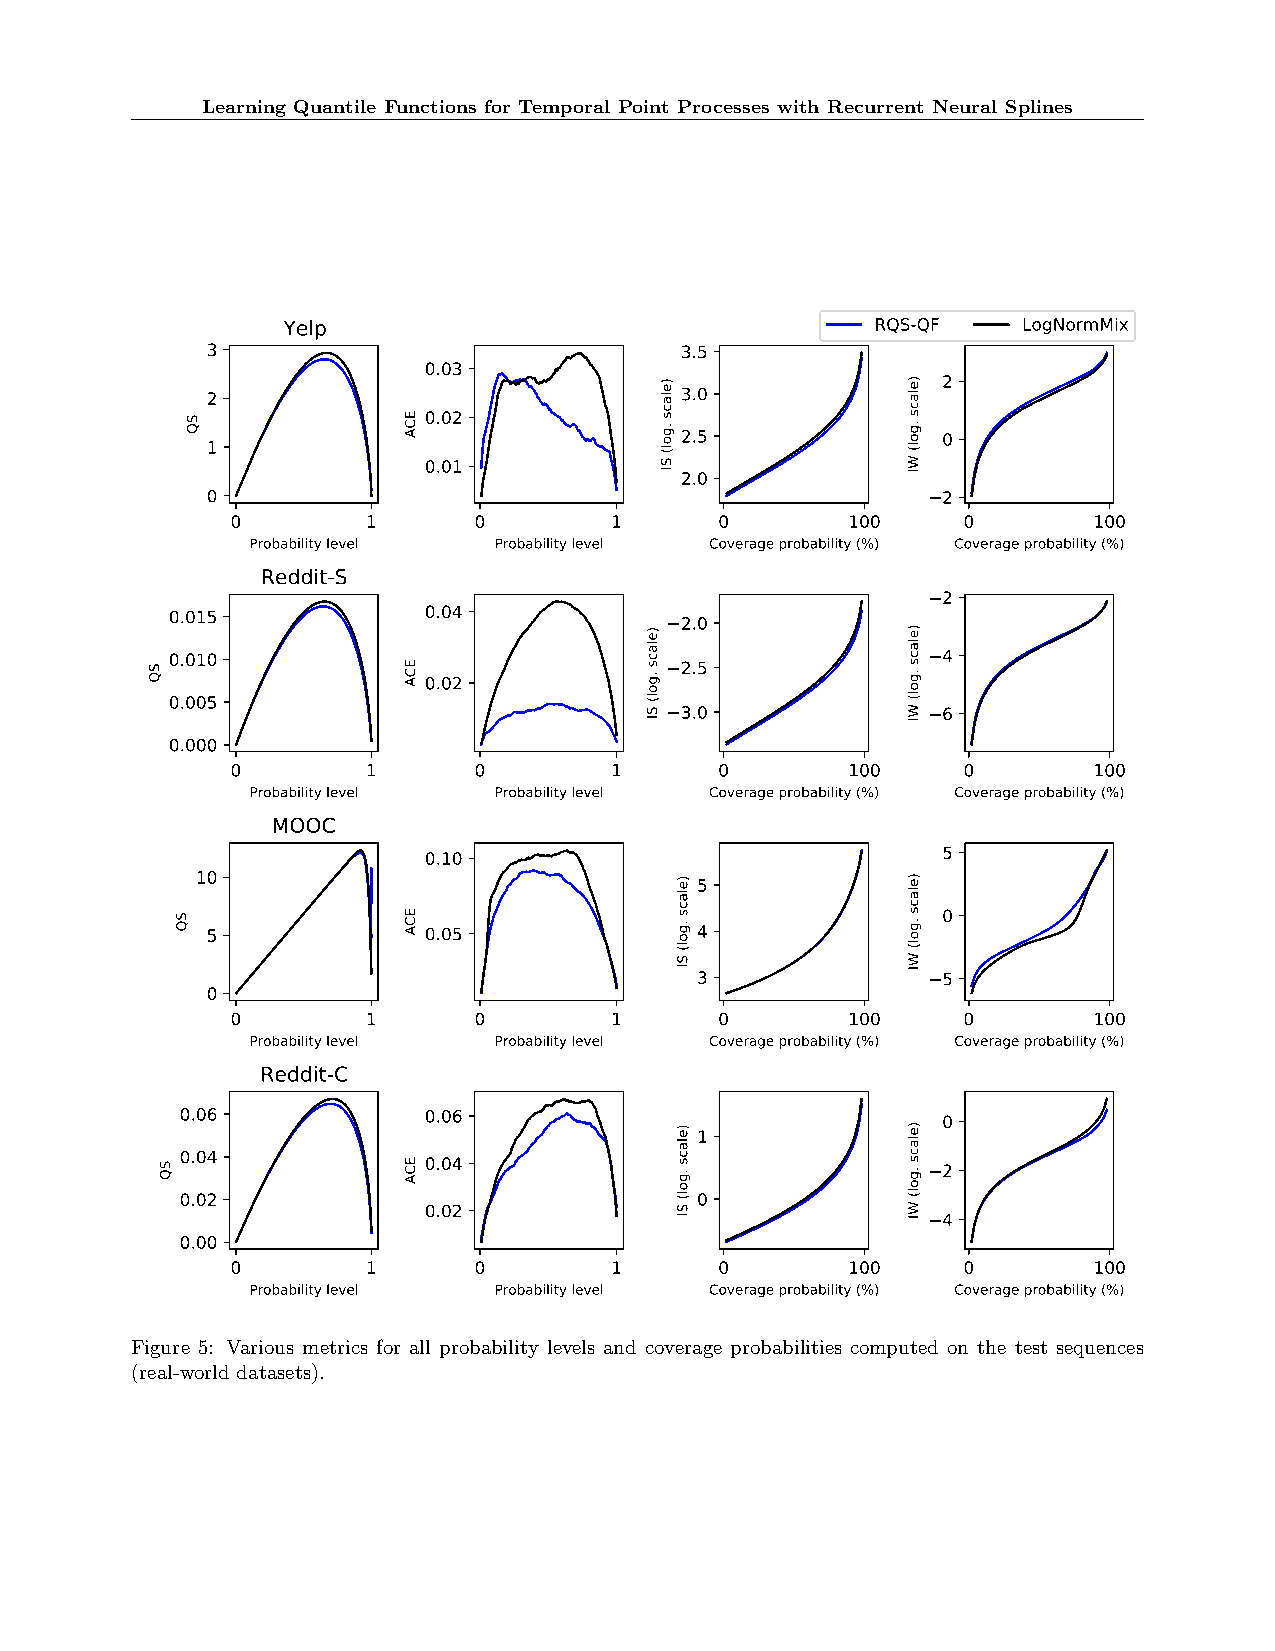
Learning Quantile Functions for Temporal Point Processes with Recurrent Neural Splines
 Yelp                                   RQS-QF    LogNormMix
 3                              3.5
 0.03
 2
 2                              3.0
 0.02
 2.5              0
 1
 0.01
 2.0
 0                                               2
 0        1      0        1       0       100     0       100
 Probability level Probability level Coverage probability (%) Coverage probability (%)
 Reddit-S
 2
 0.015            0.04
 2.0
 0.010                                              4 2.5
 0.02
 0.005                             3.0              6
 0.000
 0        1      0        1       0       100     0       100
 Probability level Probability level Coverage probability (%) Coverage probability (%)
 MOOC
 0.10                              5
 10
 5
 0
 5             0.05              4
 3               5
 0
 0        1      0        1       0       100     0       100
 Probability level Probability level Coverage probability (%) Coverage probability (%)
 Reddit-C
 0.06            0.06                              0
 1
 0.04            0.04                              2
 0.02                              0 0.02
 4
 0.00
 0        1      0        1       0       100     0       100
 Probability level Probability level Coverage probability (%) Coverage probability (%)
 Figure 5: Various metrics for all probability levels and coverage probabilities computed on the test sequences
 (real-world datasets).
 SQ
 SQ
 SQ
 SQ            ECA
 ECA
 ECA
 ECA
 )elacs
 .gol(
 SI
 )elacs
 .gol(
 SI
 )elacs
 .gol(
 SI
 )elacs
 .gol(
 SI
 )elacs
 .gol(
 WI
 )elacs
 .gol(
 WI
 )elacs
 .gol(
 WI
 )elacs
 .gol(
 WI